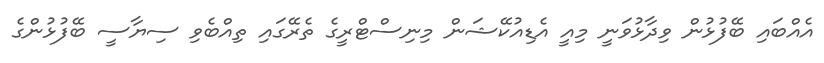
އެއްބައި ބޭފުޅުން ވިދާޅުވަނީ މިއީ އެޑިއުކޭޝަން މިނިސްޓްރީގެ ތެރޭގައި ތިއްބެވި ސިޔާސީ ބޭފުޅުންގެ